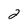
Character: 2